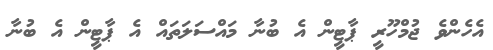
އެހެންވެ ޖުމްހޫރީ ޕާޓީން އެ ބުނާ މައްސަލަތައް އެ ޕާޓީން އެ ބުނާ